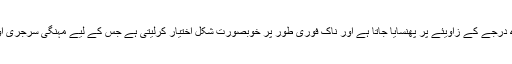
ان پیچوں کو ناک میں احتیاط سے 45 درجے کے زاویئے پر پھنسایا جاتا ہے اور ناک فوری طور پر خوبصورت شکل اختیار کرلیتی ہے جس کے لیے مہنگی سرجری اور اخراجات کی ضرورت نہیں رہتی۔